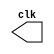
// --------------------------
// Nome: Isabel Bicalho Amaro
// --------------------------

// ---------------------------
// -- test clock generator (1)
// ---------------------------
module clock ( clk );
output clk;
reg clk;
initial
begin
clk = 1'b0;
end
always
begin
#12 clk = ~clk;
end
endmodule // clock ( )
module Exemplo0041;
wire clk;
clock CLK1 ( clk );
initial begin
$dumpfile ( "Exemplo041.vcd" );
$dumpvars;
#120 $finish;
end
endmodule // Exemplo041 ( )